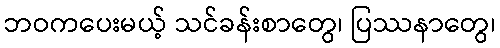
ဘဝကပေးမယ့် သင်ခန်းစာတွေ၊ ပြဿနာတွေ၊